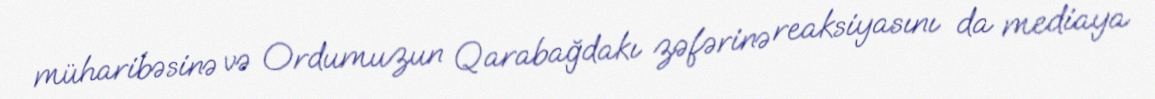
müharibəsinə və Ordumuzun Qarabağdakı zəfərinə reaksiyasını da mediaya